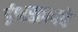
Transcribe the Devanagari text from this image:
ईश्वरत्वको